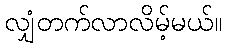
လျှံတက်လာလိမ့်မယ်။